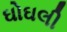
ઘોઘલી